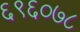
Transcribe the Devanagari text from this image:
६९६०७८